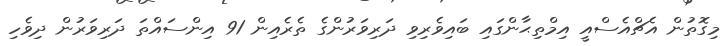
މިގޮތުން އެޗްއެސްއީ އިމްތިޙާންގައި ބައިވެރިވި ދަރިވަރުންގެ ތެރެއިން 91 އިންސައްތަ ދަރިވަރުން ދިވެހި